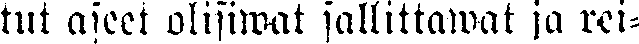
tut aseet olisiwat sallittawat ja rei-